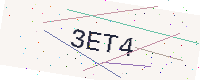
Text: 3ET4